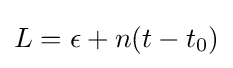
L=\epsilon +n(t-t_{0})